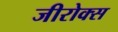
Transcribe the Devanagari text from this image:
जीरोक्स